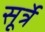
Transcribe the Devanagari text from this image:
सूर्त्रे